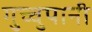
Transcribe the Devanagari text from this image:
गुच्चुपानी